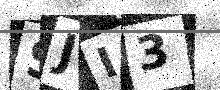
Text: SJI3